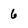
Character: 6